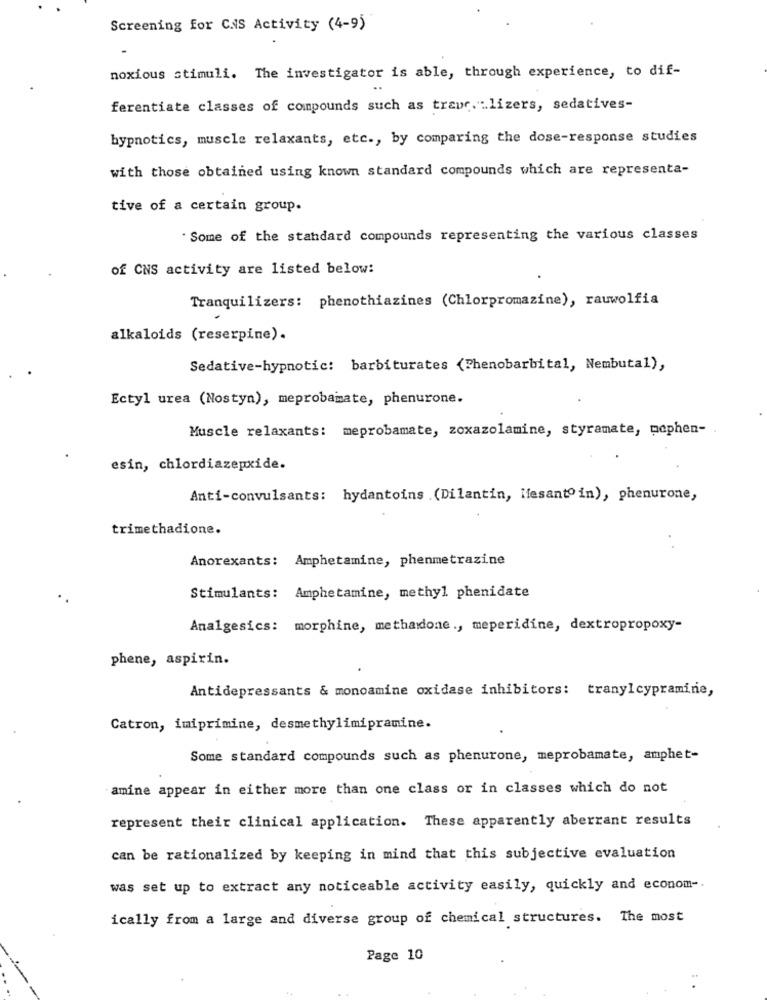
Screening for CNS Activity (4-9)
noxious stimuli. The investigator is able, through experience, to dif-
ferentiate classes of compounds such as traur. lizers, sedatives-
hypnotics, muscle relaxants, etc ., by comparing the dose-response studies
with those obtained using known standard compounds which are representa-
tive of a certain group.
. Some of the standard compounds representing the various classes
of CNS activity are listed below:
Tranquilizers: phenothiazines (Chlorpromazine), rauwolfia
alkaloids (reserpine).
Sedative-hypnotic: barbiturates (Phenobarbital, Nembutal),
Ectyl urea (Nostyn), meprobamate, phenurone.
Muscle relaxants: meprobamate, zoxazolamine, styramate, nephen-
esin, chlordiazepxide.
Anti-convulsants: hydantoins .(Dilantin, Mesantoin), phenurone,
trimethadione.
Anorexants: Amphetamine, phenmetrazine
Stimulants: Amphetamine, methyl phenidate
Analgesics: morphine, methadone ., meperidine, dextropropoxy-
phene, aspirin.
Antidepressants & monoamine oxidase inhibitors: tranylcypramine,
Catron, imiprimine, desmethylimipramine.
Some standard compounds such as phenurone, meprobamate, amphet-
amine appear in either more than one class or in classes which do not
represent their clinical application. These apparently aberrant results
can be rationalized by keeping in mind that this subjective evaluation
was set up to extract any noticeable activity easily, quickly and econom -.
ically from a large and diverse group of chemical structures. The most
Page 10